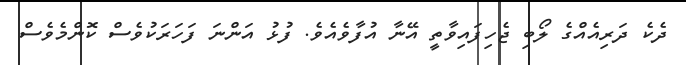
ދެކެ ދަރިއެއްގެ ލޯބި ޖެހިފައިވާތީ އޭނާ އުފާވެއެވެ. ފުޅު އަންނަ ފަހަރަކުވެސް ކޮންމެވެސް